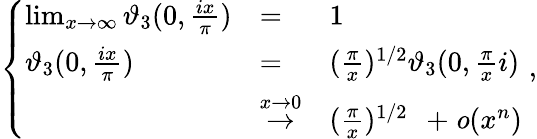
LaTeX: \left\{ \begin{array}{lll}{{\operatorname*{lim}_{x\to\infty}\vartheta_{3}(0,\frac{ix}{\pi})}}&{{=}}&{{1}}\\ {{\vartheta_{3}(0,\frac{ix}{\pi})}}&{{=}}&{{(\frac{\pi}{x})^{1/2}\vartheta_{3}(0,\frac{\pi}{x}i)}}\\ {{}}&{{\stackrel{x\to 0}{\rightarrow}}}&{{(\frac{\pi}{x})^{1/2}\: \: +{\mathit o}(x^{n})}}\end{array}\right.\ ,